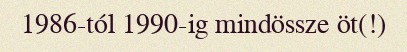
1986-tól 1990-ig mindössze öt(!)